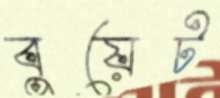
বুয়েট